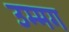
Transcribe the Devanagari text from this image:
उम्मग